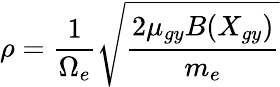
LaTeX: \rho=\frac{1}{\Omega_{e}}\sqrt{\frac{2\mu_{gy}B(X_{gy})}{m_{e}}}